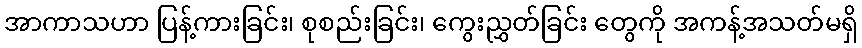
အာကာသဟာ ပြန့်ကားခြင်း၊ စုစည်းခြင်း၊ ကွေးညွှတ်ခြင်း တွေကို အကန့်အသတ်မရှိ